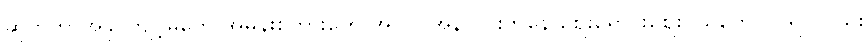
ဆိုက်ဘာအနိုင်ကျင့်မှုတွေ အမုန်းစကားတွေ အပြင် အွန်လိုင်းကနေ ဈေးရောင်းဈေးဝယ်တွေလုပ်ရင်လည်း